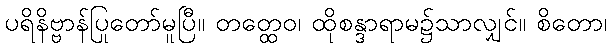
ပရိနိဗ္ဗာန်ပြုတော်မူပြီ။ တတ္ထေဝ၊ ထိုစန္ဒာရာမ၌သာလျှင်။ စိတော၊